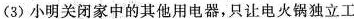
(3)小明关闭家中的其他用电器，只让电火锅独立工